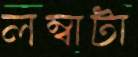
লম্বাটা